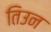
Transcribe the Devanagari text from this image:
तिउन